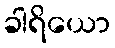
ခါရိယော